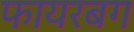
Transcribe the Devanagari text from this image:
फायरबग